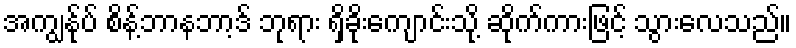
အကျွန်ုပ် စိန့်ဘာနဘာ့ဒ် ဘုရား ရှိခိုးကျောင်းသို့ ဆိုက်ကားဖြင့် သွားလေသည်။